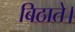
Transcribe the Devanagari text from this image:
बिठाते।